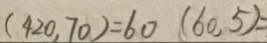
( 4 2 0 , 7 0 ) = 6 0 ( 6 0 , 5 ) =